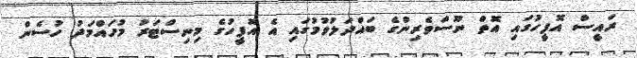
ރައީސް އޮފީހުގައި އޮތް ނޫސްވެރިންގެ ބައްދަލުވުމުގައި އެ އޮފީހުގެ މިނިސްޓަރު މުހައްމަދު ހުސެން